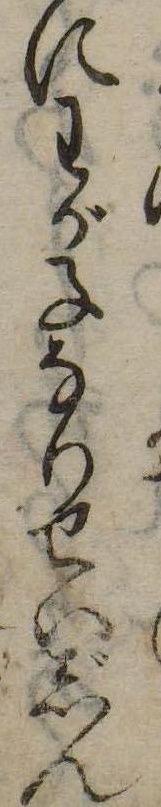
にわが子なりせいじん